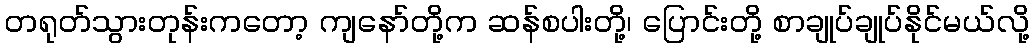
တရုတ်သွားတုန်းကတော့ ကျနော်တို့က ဆန်စပါးတို့၊ ပြောင်းတို့ စာချုပ်ချုပ်နိုင်မယ်လို့